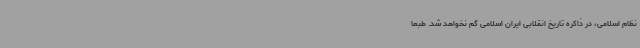
نظام اسلامی، در ذاکره تاریخ انقلابی ایران اسلامی گم نخواهد شد. طبعا